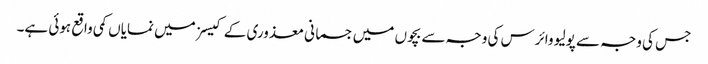
جس کی وجہ سے پولیو وائرس کی وجہ سے بچوں میں جسمانی معذوری کے کیسز میں نمایاں کمی واقع ہوئی ہے۔